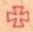
+